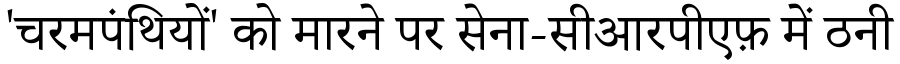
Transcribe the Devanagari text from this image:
'चरमपंथियों' को मारने पर सेना-सीआरपीएफ़ में ठनी